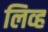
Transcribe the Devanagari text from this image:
लिव्ह